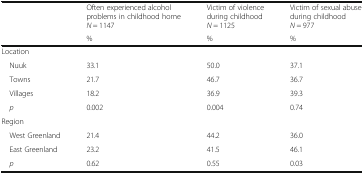
<table><thead><tr><td></td><td><b>Often experienced alcohol problems in childhood home<i>N</i> = 1147</b></td><td><b>Victim of violence during childhood<i>N</i> = 1125</b></td><td><b>Victim of sexual abuse during childhood<i>N</i> = 977</b></td></tr><tr><td></td><td><b>%</b></td><td><b>%</b></td><td><b>%</b></td></tr></thead><tbody><tr><td>Location</td><td></td><td></td><td></td></tr><tr><td> Nuuk</td><td>33.1</td><td>50.0</td><td>37.1</td></tr><tr><td> Towns</td><td>21.7</td><td>46.7</td><td>36.7</td></tr><tr><td> Villages</td><td>18.2</td><td>36.9</td><td>39.3</td></tr><tr><td> <i>p</i></td><td>0.002</td><td>0.004</td><td>0.74</td></tr><tr><td>Region</td><td></td><td></td><td></td></tr><tr><td> West Greenland</td><td>21.4</td><td>44.2</td><td>36.0</td></tr><tr><td> East Greenland</td><td>23.2</td><td>41.5</td><td>46.1</td></tr><tr><td> <i>p</i></td><td>0.62</td><td>0.55</td><td>0.03</td></tr></tbody></table>